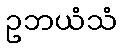
ဥဘယံသံ